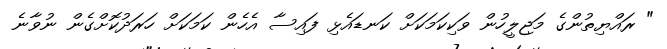
" ރައްޔިތުންގެ މަޖިލީހުން ވަކިކަމަކަށް ކަނޑައެޅި ފައިސާ އެހެން ކަމަކަށް ހަރަދުކޮށްގެން ނުވާނެ